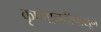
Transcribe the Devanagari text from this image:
कृष्णानदीपासून